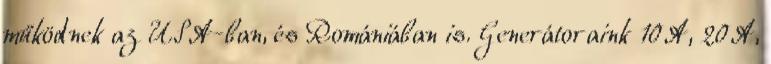
működnek az USA-ban, és Romániában is. Generátoraink 10A, 20A,